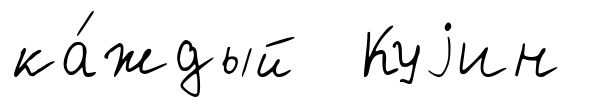
ка́ждый Куjин